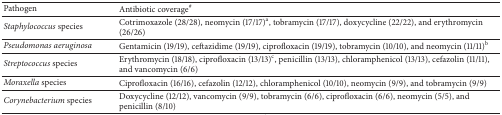
<table><thead><tr><td><b>Pathogen</b></td><td><b>Antibiotic coverage<sup>#</sup></b></td></tr></thead><tbody><tr><td><i>Staphylococcus </i>species</td><td>Cotrimoxazole (28/28), neomycin (17/17)<sup>a</sup>, tobramycin (17/17), doxycycline (22/22), and erythromycin (26/26)</td></tr><tr><td><i>Pseudomonas aeruginosa</i></td><td>Gentamicin (19/19), ceftazidime (19/19), ciprofloxacin (19/19), tobramycin (10/10), and neomycin (11/11)<sup>b</sup></td></tr><tr><td><i>Streptococcus </i>species</td><td>Erythromycin (18/18), ciprofloxacin (13/13)<sup>c</sup>, penicillin (13/13), chloramphenicol (13/13), cefazolin (11/11), and vancomycin (6/6)</td></tr><tr><td><i>Moraxella </i>species</td><td>Ciprofloxacin (16/16), cefazolin (12/12), chloramphenicol (10/10), neomycin (9/9), and tobramycin (9/9)</td></tr><tr><td><i>Corynebacterium </i>species</td><td>Doxycycline (12/12), vancomycin (9/9), tobramycin (6/6), ciprofloxacin (6/6), neomycin (5/5), and penicillin (8/10)</td></tr></tbody></table>